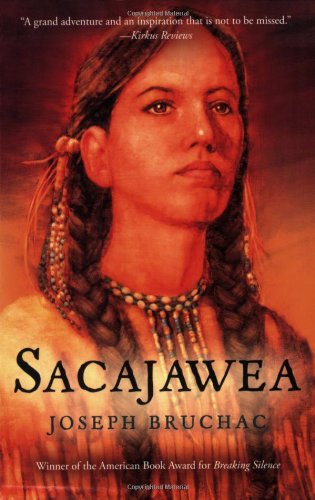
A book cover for Sacajawea; Joseph Bruchac; Teen & Young Adult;